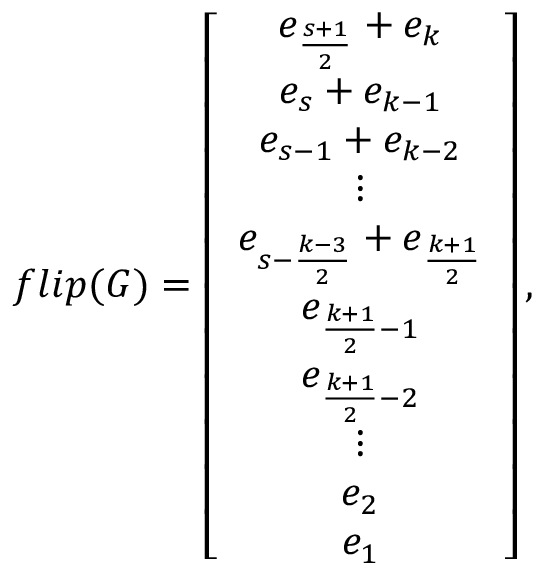
f l i p ( G ) = \left[ \begin{array} { c } { e _ { \frac { s + 1 } { 2 } } + e _ { k } } \\ { e _ { s } + e _ { k - 1 } } \\ { e _ { s - 1 } + e _ { k - 2 } } \\ { \vdots } \\ { e _ { s - \frac { k - 3 } { 2 } } + e _ { \frac { k + 1 } { 2 } } } \\ { e _ { \frac { k + 1 } { 2 } - 1 } } \\ { e _ { \frac { k + 1 } { 2 } - 2 } } \\ { \vdots } \\ { e _ { 2 } } \\ { e _ { 1 } } \end{array} \right] ,